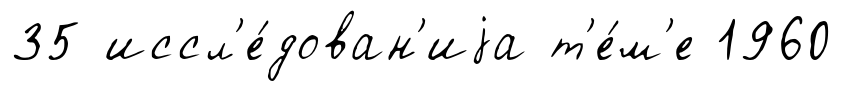
35 иссл'е́дован'иjа т'е́м'е 1960